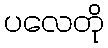
ပလေတို